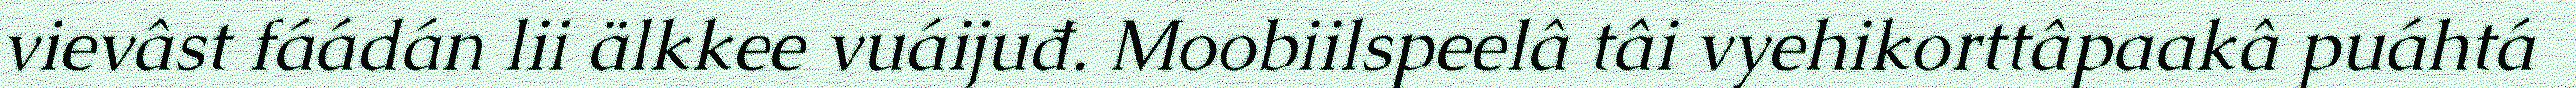
vievâst fáádán lii älkkee vuáijuđ. Moobiilspeelâ tâi vyehikorttâpaakâ puáhtá